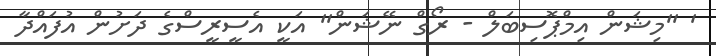
' ''މިޝަން އިމްޕޮސިބަލް - ރޯގް ނޭޝަން'' އަކީ އެސީރީސްގެ ދަށުން އުފައްދާ